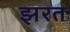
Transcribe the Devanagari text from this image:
झरत